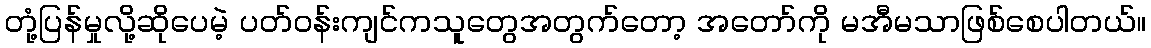
တုံ့ပြန်မှုလို့ဆိုပေမဲ့ ပတ်ဝန်းကျင်ကသူတွေအတွက်တော့ အတော်ကို မအီမသာဖြစ်စေပါတယ်။